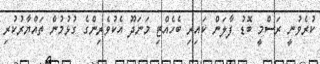
ކުރެވުނީ ރަސްމީ ބޮޑު ފާލަން ކައިރި ބެހެއްޓި މަނަދޫ އެކުވެރިންގެ ގުޅުމުން ތައްޔާރުކުރި